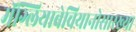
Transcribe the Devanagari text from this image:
मॅग्लियाबेचियानोसारख्या